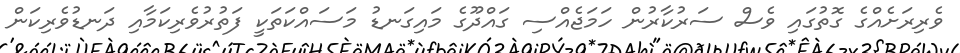
ވެރިރަށެއްގެ ގޮތުގައި ވެސް ސަރުކާރުން ހަމަޖެއްސި ގައްދޫގެ މައިގަނޑު މަސައްކަތަކީ ފަތުރުވެރިކަމާއި ދަނޑުވެރިކަން